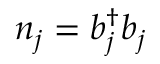
{ n } _ { j } = { b } _ { j } ^ { \dagger } { b } _ { j }